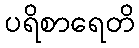
ပရိစာရေတိ